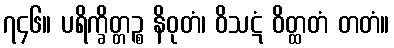
၇၄၆။ ပရိက္ခိတ္တဉ္စ နိဝုတံ၊ ဝိသဋံ ဝိတ္ထတံ တတံ။